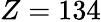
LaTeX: Z=134